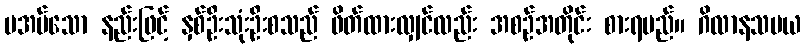
မအပ်သော နည်းဖြင့် နှစ်ဦးသုံးဦးစသည် ဖိတ်ထားလျှင်လည်း အစဉ်အတိုင်း စားရမည်။ ဂိလာနသမယ